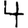
Digit: 4